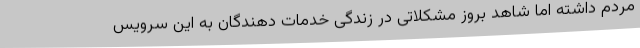
مردم داشته اما شاهد بروز مشکلاتی در زندگی خدمات دهندگان به این سرویس